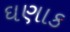
ઘણાક